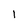
Character: 1